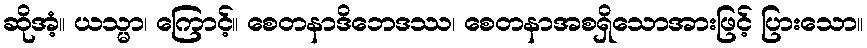
ဆိုအံ့။ ယသ္မာ၊ ကြောင့်။ စေတနာဒိဘေဒဿ၊ စေတနာအစရှိသောအားဖြင့် ပြားသော။